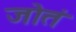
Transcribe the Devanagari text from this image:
जोतं